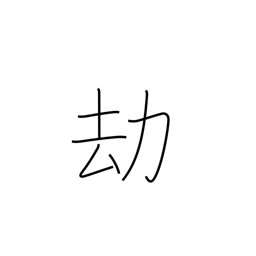
Meaning: long ages